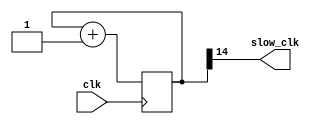
`timescale 1ns/1ps

//Clock divider

module clkdivider (clk,
                   slow_clk
				   );

  input  wire clk;
  output wire slow_clk;
 
  reg [14:0] count;
  
  always @(posedge clk) begin //{
      count <= count + 1'b1;
  end //}

 assign slow_clk = count[14]; 
 initial 
   count <= 15'h0;
 
 endmodule

//Ackermann using stack ram
module ackermann (clk,
				  reset,
				  m,
				  n,
				  anode_seg,
				  seven_seg,
				  led_out
				  );

parameter MSIZE = 3                    ;
parameter NSIZE = 4                    ;

input   wire                clk        ;
input   wire                reset      ;
input   wire [MSIZE-1'b1:0] m          ;
input   wire [NSIZE-1'b1:0] n          ;
output  reg  [3:0]          anode_seg  ;
output  reg  [6:0]          seven_seg  ;
output  wire [7:0]          led_out    ;

wire    [15:0]  m_temp           ;
wire    [15:0]  n_temp           ;
wire            slow_clk         ;
wire            gated_clock      ;
wire    [5:0]   pc_1             ;
wire    [5:0]   pc_2             ;
wire    [15:0]  ack_out          ;

reg             done             ;
reg     [5:0 ]  pc               ;
reg     [2:0]   state            ;
reg     [15:0]  out              ;
reg     [15:0]  stack [63:0]     ;

clkdivider I_clk_div (clk,slow_clk);

assign pc_1     = pc + 6'h1;
assign pc_2     = pc + 6'h2;
assign ack_out  = out;

assign m_temp = reset ? m : stack[pc];
assign n_temp = reset ? n : stack[pc_1];

assign led_out = m_temp[7:0];

always@(posedge slow_clk) begin //{
 
 if (reset) begin//{
   out            =  16'h0000   ;
   pc             =  6'd0       ;
   done           =  1'b0       ;
   stack[0]       =  m          ; 
   stack[1]       =  n          ; 
 end//}
 else begin //{
  if(~done) begin //{ 
    if (~|m_temp) begin //{ check if m_temp is 0, if m_temp is 0, value of n_temp is don't care
      stack[pc]  = n_temp+1'b1  ;
      
      //if pc > 0 decrement the pc else assign the output
      if(~|pc)   begin out = stack[pc]; done = 1'b1; end
      else       begin pc  = pc-1'b1  ;              end
	end //}

    else if (|m_temp && ~|n_temp) begin //{ m_temp > 0 and n_temp is 0
      stack[pc]      = m_temp-1'b1  ;
	  stack[pc_1]	   = 16'h0001   ;
    end //}	      
 
    else begin //{ m_temp > 1 and n_temp > 1 condition 
      stack[pc]         = m_temp-1'b1    ;
      stack[pc_1]       = m_temp         ;
      stack[pc_2]       = n_temp-1'b1    ;
      pc                = pc_1           ;        
    end //}

   end //} //done loop end
 end //} else loop end

 end//} always loop end


function [6:0] seg_value;
    input [3:0] inp;
    case (inp)
      4'h0 : seg_value = 7'b1000000;
      4'h1 : seg_value = 7'b1111001;
      4'h2 : seg_value = 7'b0100100;
      4'h3 : seg_value = 7'b0110000;
      4'h4 : seg_value = 7'b0011001;
      4'h5 : seg_value = 7'b0010010;
      4'h6 : seg_value = 7'b0000010;
      4'h7 : seg_value = 7'b1111000;
      4'h8 : seg_value = 7'b0000000;
      4'h9 : seg_value = 7'b0010000;
      4'hA : seg_value = 7'b0001000;
      4'hB : seg_value = 7'b0000011;
      4'hC : seg_value = 7'b1000110;
      4'hD : seg_value = 7'b0100001;
      4'hE : seg_value = 7'b0000110;
      4'hF : seg_value = 7'b0001110;
      
     endcase
  endfunction

  always @(posedge slow_clk) begin //{
   
    if(reset) begin //{
      anode_seg <= 4'b1111;
      seven_seg <= 7'b1111111;
      state     <= 3'b000;
    end //}
    else begin //{

      case(state)
        3'b000 : begin 
              anode_seg  <= 4'b1110;
              seven_seg  <= seg_value(ack_out[3:0]);
              state <= 3'b001;
             end
        3'b001:  begin
              anode_seg  <= 4'b1101;
              seven_seg  <= seg_value(ack_out[7:4]);
              state <= 3'b010;
             end
        3'b010: begin
              anode_seg  <= 4'b1011;
              seven_seg  <= seg_value(ack_out[11:8]);
              state <= 3'b011;
             end
        3'b011: begin
              anode_seg  <= 4'b0111;
              seven_seg  <= seg_value(ack_out[15:12]);
              state <= 3'b000;
             end
        default : begin anode_seg <= 4'b1111; end
      endcase
    end //}

  end //}

 endmodule